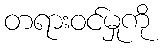
တရားဝင်မှုကို